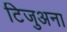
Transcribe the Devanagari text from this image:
टिजुअना